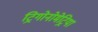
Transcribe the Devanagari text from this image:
ट्रिगोनोमेट्रिया